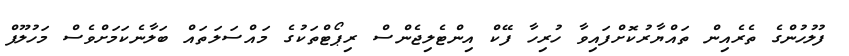
ފުލުހުންގެ ތެރެއިން ތައްޔާރުކޮށްފައިވާ ހުރިހާ ފޭކް އިންޓެލިޖެންސް ރިޕޯޓްތަކުގެ މައްސަލަތައް ބަލާނެކަމަށްވެސް މަހުލޫފް